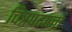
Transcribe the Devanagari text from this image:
चित्रपटानां